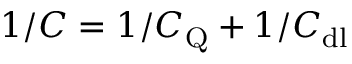
1 / C = 1 / C _ { \mathrm { Q } } + 1 / C _ { \mathrm { d l } }